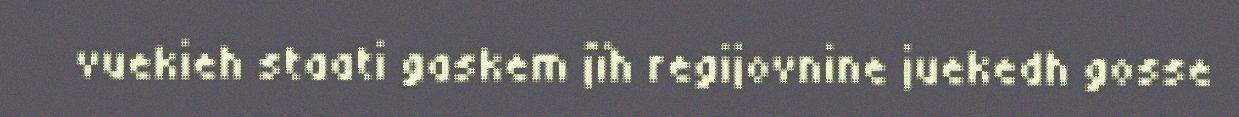
vuekieh staati gaskem jïh regijovnine juekedh gosse